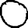
Digit: 0